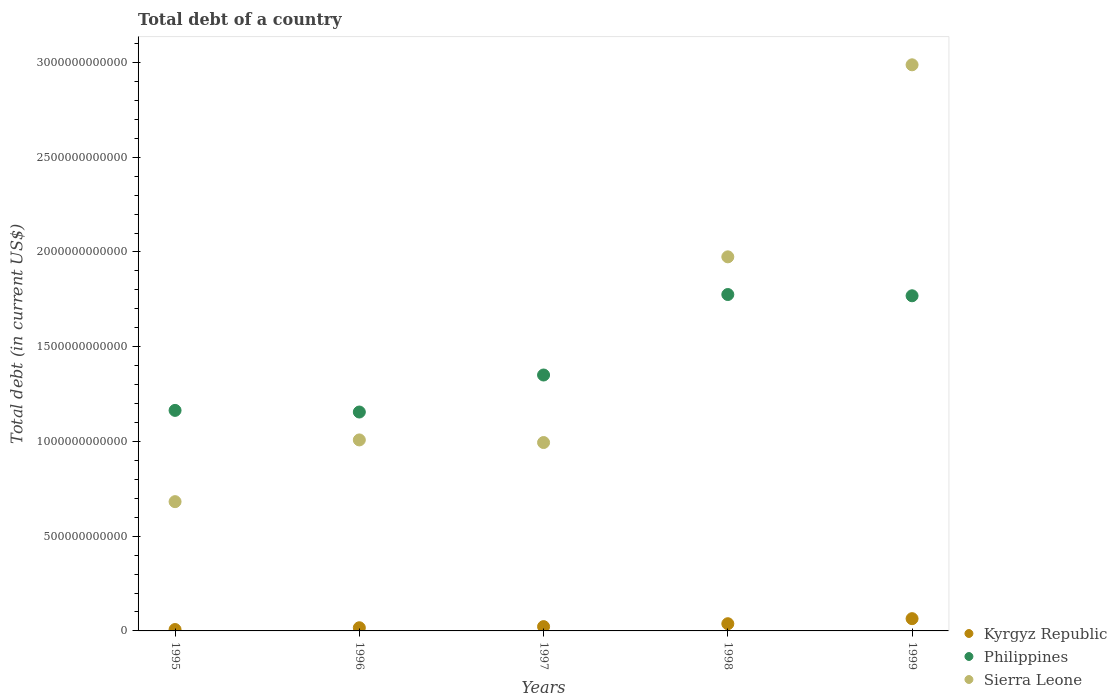
| Years | Kyrgyz Republic | Philippines | Sierra Leone |
 | --- | --- | --- | --- |
 | 1995 | 7.36e+09 | 1.16e+12 | 6.82e+11 |
 | 1996 | 1.67e+10 | 1.16e+12 | 1.01e+12 |
 | 1997 | 2.27e+10 | 1.35e+12 | 9.94e+11 |
 | 1998 | 3.8e+10 | 1.78e+12 | 1.97e+12 |
 | 1999 | 6.47e+10 | 1.77e+12 | 2.99e+12 |